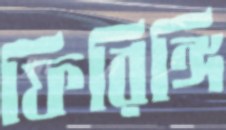
ফিরিঙ্গি